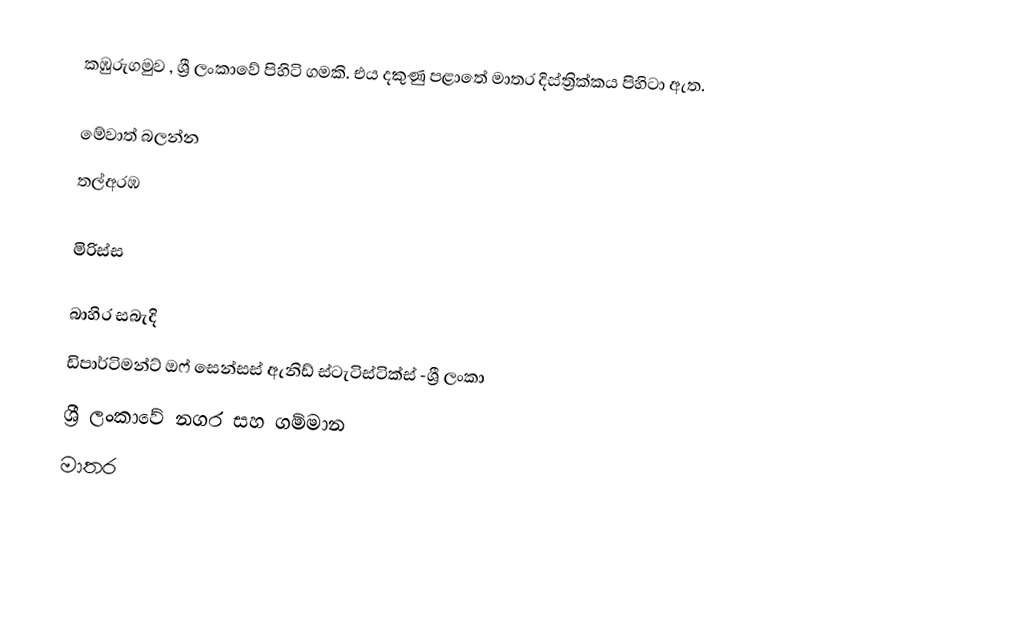
කඹුරුගමුව ,  ශ්‍රී ලංකාවේ පිහිටි ගමකි. එය දකුණු පළාතේ මාතර දිස්ත්‍රික්කය පිහිටා ඇත.

මේවාත් බලන්න
තල්අරඹ

මිරිස්ස

බාහිර සබැදි
ඩිපාර්ටිමන්ට් ඔෆ් සෙන්සස් ඇනිඩ් ස්ටැටිස්ටික්ස් -ශ්‍රී ලංකා
ශ්‍රී ලංකාවේ නගර සහ ගම්මාන
මාතර